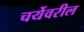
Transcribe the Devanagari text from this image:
चर्येवरील